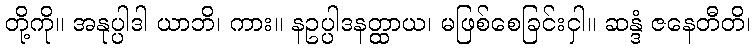
တို့ကို။ အနုပ္ပါဒါ ယာဘိ၊ ကား။ နဥပ္ပါဒနတ္ထာယ၊ မဖြစ်စေခြင်းငှါ။ ဆန္ဒံ ဇနေတီတိ၊